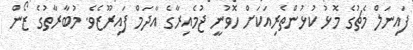
ފައިނަލް މެޗުގެ މޮޅު ކުޅުންތެރިއަކަށް ހޮވުނީ ޖުމެއިރާގެ އާދަމް ފައިރޫޒެވެ. މުބާރާތުގެ ޒޯން